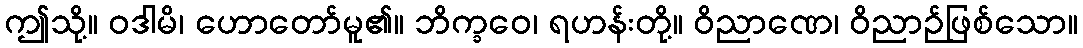
ဤသို့။ ဝဒါမိ၊ ဟောတော်မူ၏။ ဘိက္ခဝေ၊ ရဟန်းတို့။ ဝိညာဏေ၊ ဝိညာဉ်ဖြစ်သော။